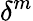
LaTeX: \delta^{m}